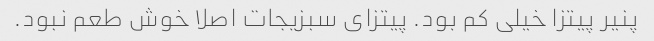
پنیر پیتزا خیلی کم بود. پیتزای سبزیجات اصلا خوش طعم نبود.